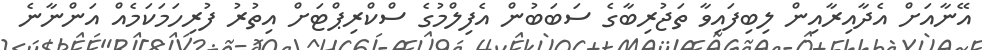
އޭނާއަށް އެދާއިރާއިން ލިބިފައިވާ ތަޖުރިބާގެ ސަބަބުން އެފިލްމުގެ ސްކްރިޕްޓަށް އިތުރު ފުރިހަމަކަމެއް އަންނާނެ